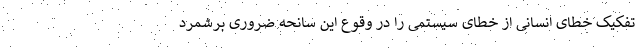
تفکیک خطای انسانی از خطای سیستمی را در وقوع این سانحه ضروری برشمرد